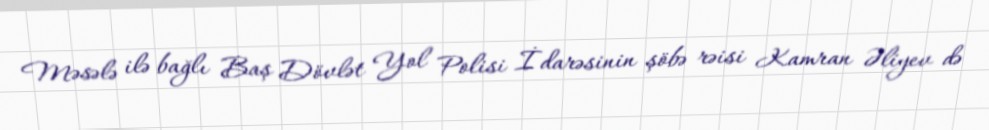
Məsələ ilə bağlı Baş Dövlət Yol Polisi İdarəsinin şöbə rəisi Kamran Əliyev də